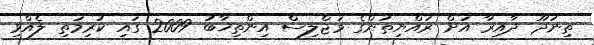
ތިނަދޫ ދާއިރާ އަށް ރައްޔިތުންގެ މަޖްލިސް އިންތިޚާބު 2009 ގައި ކުރިމަތި ލެއްވި